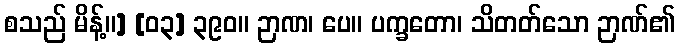
စသည် မိန့်။] [၀၃] ၃၉၀။ ဉာဏ၊ ပေ။ ပက္ခတော၊ သိတတ်သော ဉာဏ်၏